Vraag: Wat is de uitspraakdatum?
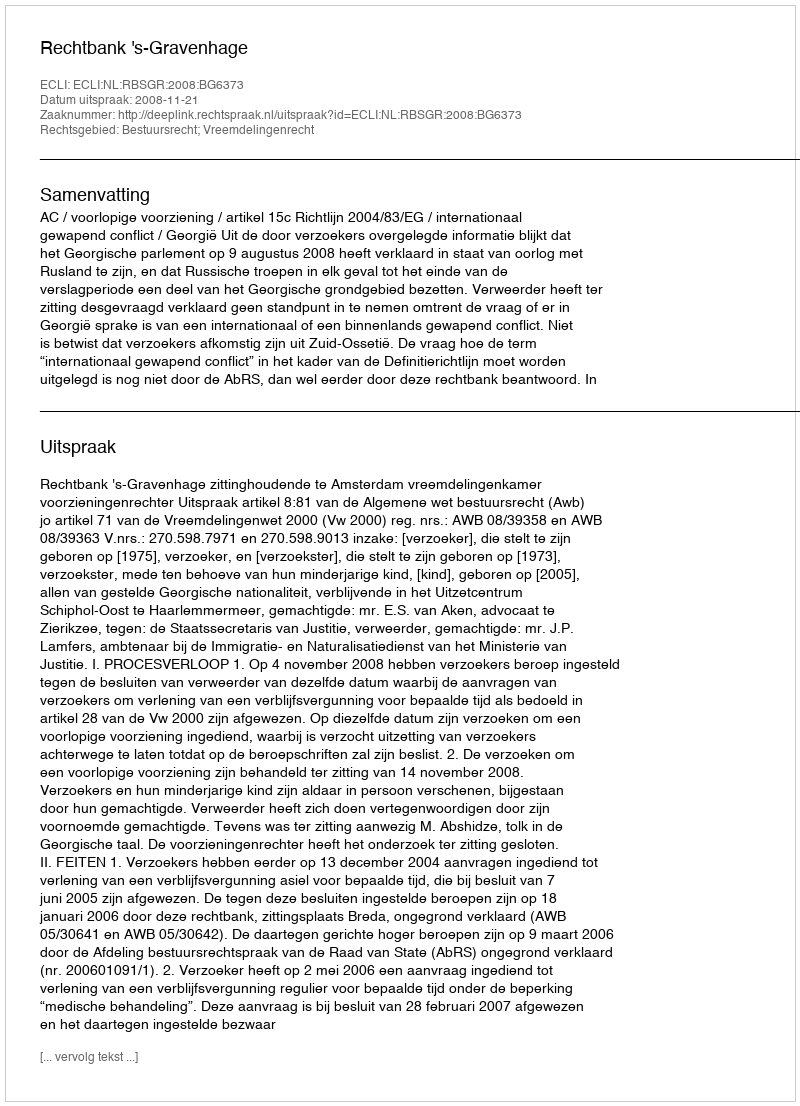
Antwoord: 2008-11-21